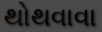
થોથવાવા